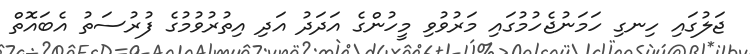
ޖަލުގައި ހިނގި ހަމަނުޖެހުމުގައި މަރުވުވި މީހުންގެ އަދަދު އަދި އިތުރުވުމުގެ ފުރުސަތު އެބައޮތް